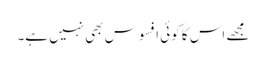
مجھے اس کا کوئی افسوس بھی نہیں ہے۔